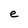
Character: e